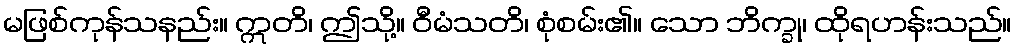
မဖြစ်ကုန်သနည်း။ ဣတိ၊ ဤသို့။ ဝီမံသတိ၊ စုံစမ်း၏။ သော ဘိက္ခု၊ ထိုရဟန်းသည်။